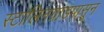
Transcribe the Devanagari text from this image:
स्टालिनग्राडपासून